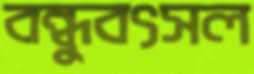
বন্ধুবৎসল